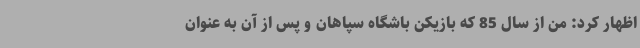
اظهار کرد: من از سال 85 که بازیکن باشگاه سپاهان و پس از آن به عنوان